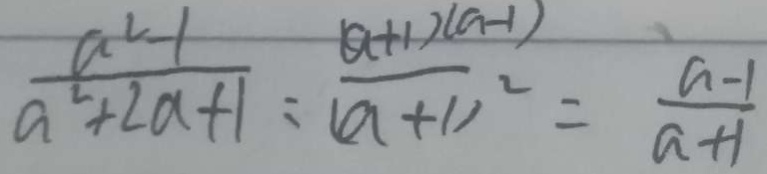
\frac { a ^ { 2 } - 1 } { a ^ { 2 } + 2 a + 1 } = \frac { ( a + 1 ) ( a - 1 ) } { ( a + 1 ) ^ { 2 } } = \frac { a - 1 } { a + 1 }